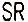
SR